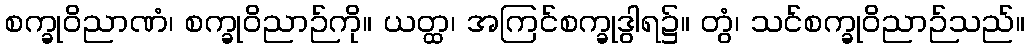
စက္ခုဝိညာဏံ၊ စက္ခုဝိညာဉ်ကို။ ယတ္ထ၊ အကြင်စက္ခုဒွါရ၌။ တွံ၊ သင်စက္ခုဝိညာဉ်သည်။